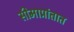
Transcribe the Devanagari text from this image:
सीमाप्रांतात